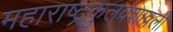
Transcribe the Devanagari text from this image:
महाराष्ट्रकुलवंशावली